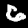
Digit: 6